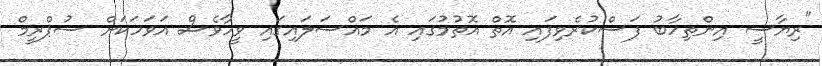
"ރިޔާސީ އިންތިހާބު ފަސްކުރެވިފައި އޮތް އޮތުމުގައި އެ މައްސަލައިގައި ވީހާވެސް އަވަހަކަށް ސުޕްރީމް